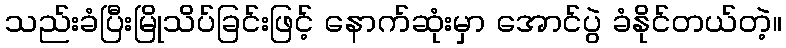
သည်းခံပြီးမြိုသိပ်ခြင်းဖြင့် နောက်ဆုံးမှာ အောင်ပွဲ ခံနိုင်တယ်တဲ့။